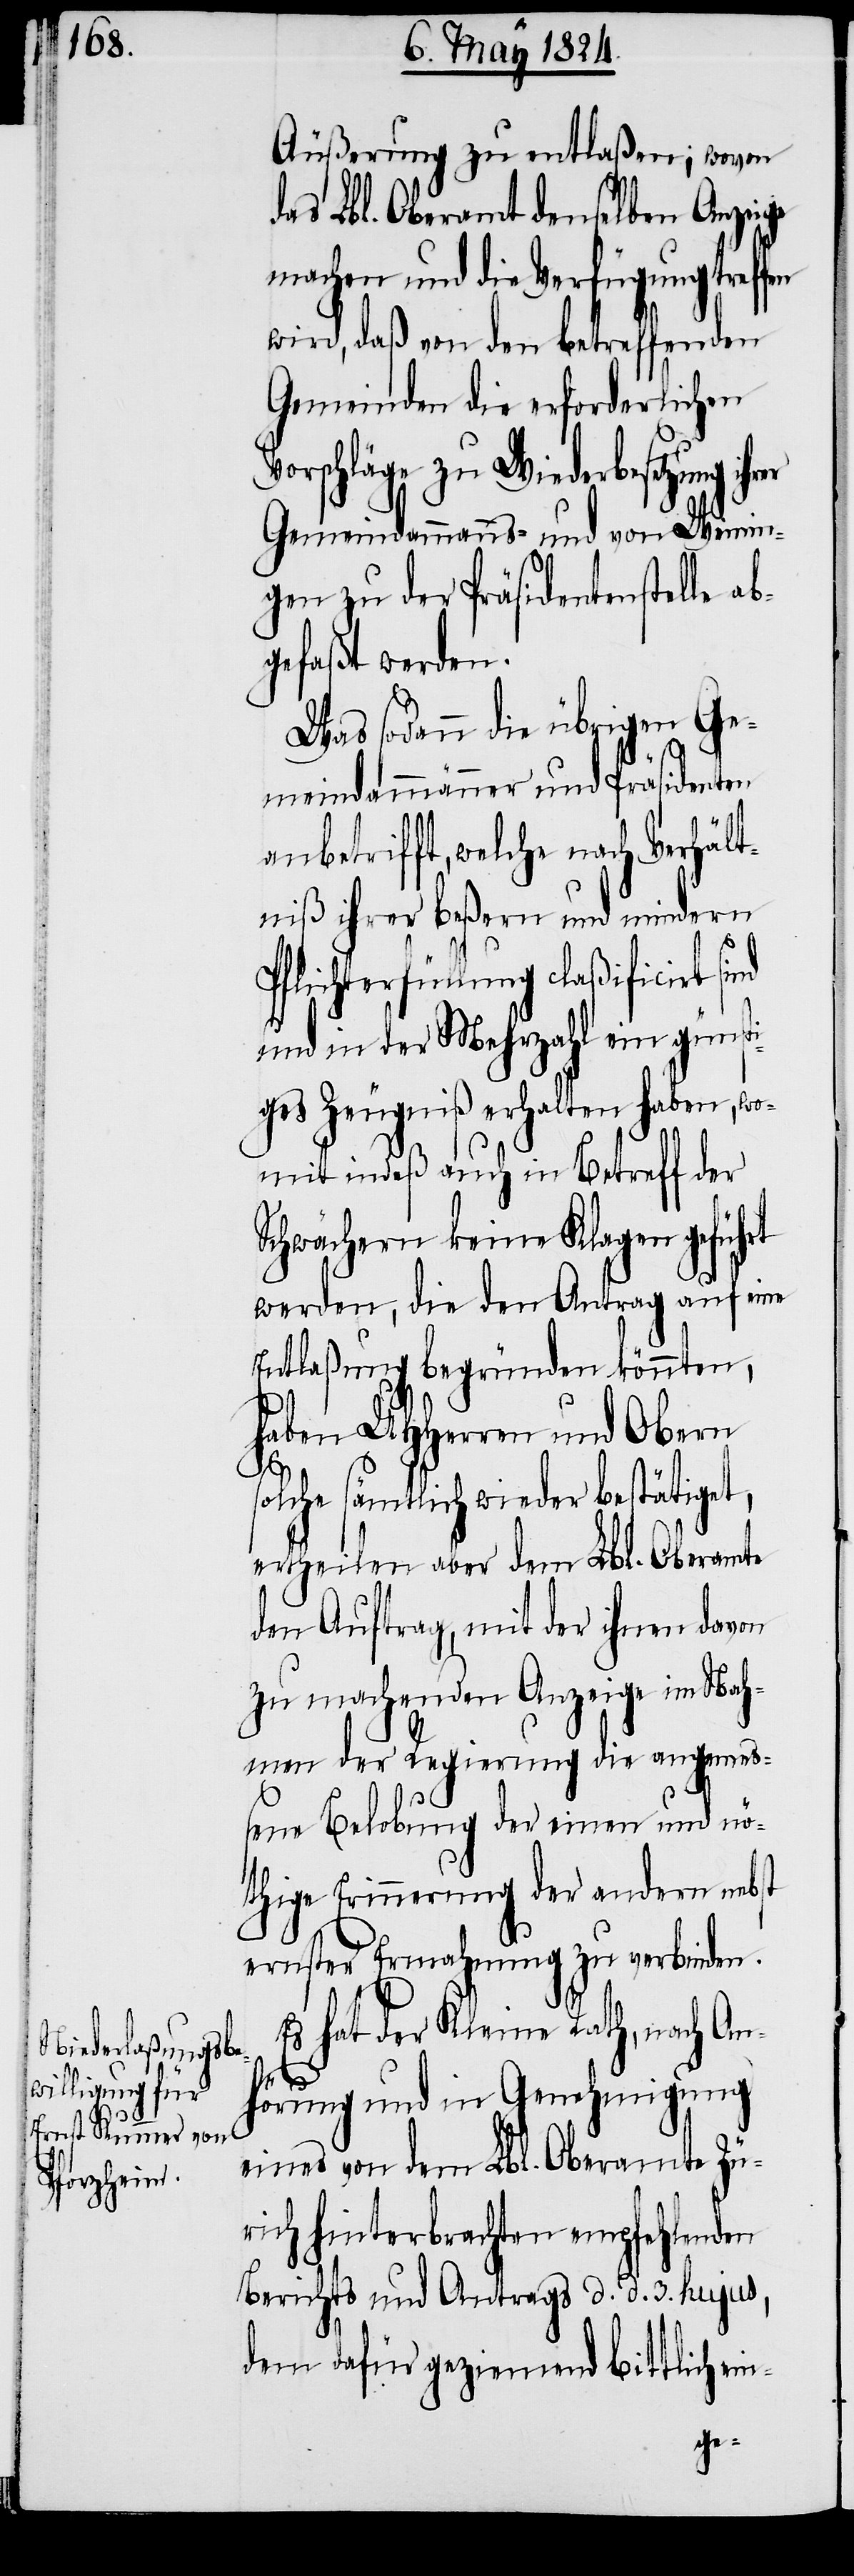
Äußerung zu entlaßen; wovon
das Lbl. Oberamt denselben Anzeige
machen und die Verfügung treffen
wird, daß von den betreffenden
Gemeinden die erforderlichen
Vorschläge zu Wiederbesetzung ihr¬
Gemeindammanns- und von Weinin¬
gen zu der Präsidentenstelle ab¬
gefaßt werden.
Was sodann die übrigen Ge¬
meindammänner und Präsidenten
anbetrifft, welche nach Verhält¬
niß ihrer beßern und mindern
Pflichterfüllung claßificirt sind
und in der Mehrzahl ein günsti¬
ges Zeugniß erhalten haben, wo¬
mit indeß auch in Betreff der
Schwächern keine Klagen geführt
werden, die den Antrag auf eine
Entlaßung begründen könnten,
haben UHHerren und Obern
solche sämtlich wieder bestätiget,
ertheilen aber dem Lbl. Oberamte
den Auftrag, mit der ihnen davon
zu machenden Anzeige im Nah¬
men der Regierung die angemeß¬
ene Belobung der einen und nö¬
thige Erinnerung der andern nebst
ernster Ermahnung zu verbinden.
Es hat der Kleine Rath, nach An¬
er
hörung und in Genehmigung
eines von dem Lbl. Oberamte Zü¬
rich hinterbrachten empfehlenden
Berichts und Antrags d. d. 3. hujus,
dem dafür geziemend bittlich ein-